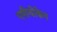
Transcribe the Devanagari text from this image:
एमीथोकेन